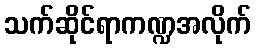
သက်ဆိုင်ရာကဏ္ဍအလိုက်